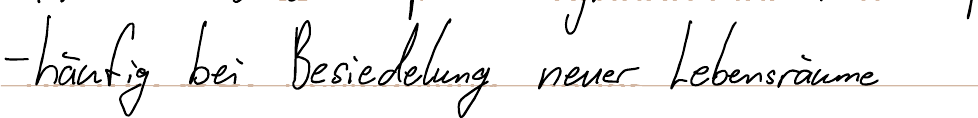
- häufig bei Besiedelung neuer Lebensräume